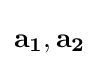
\mathbf {a_{1}} ,\mathbf {a_{2}}